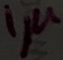
Text: 1µ